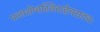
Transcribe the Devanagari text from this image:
पलाशेष्वस्थिदाहेचसद्यः